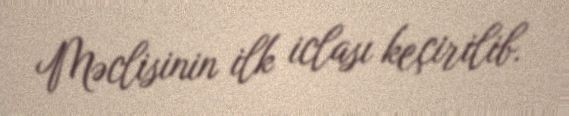
Məclisinin ilk iclası keçirilib.